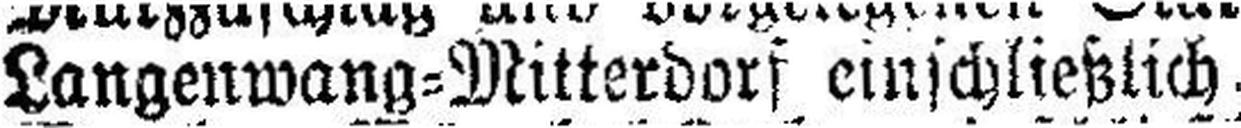
Langenwang=Mitterdorf einschließlich